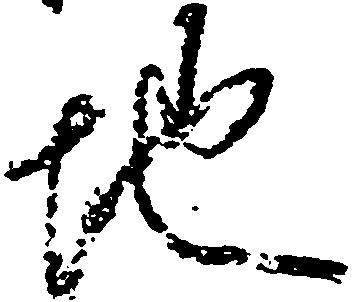
地